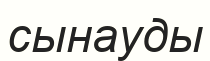
сынауды